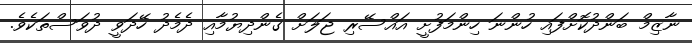
ނާޒިމް ބަންދުކޮށްފައި ހުންނަ ހިންމަފުށީ އައްސޭރި ޖަލަށް ގެންދިޔުމާއި ދެމެދު ހޭދަވީ ދުވަސްތަކެވެ.